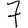
Digit: 7